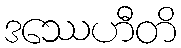
ဒဿေဟီတိ